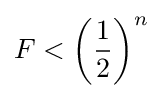
F<\left({\frac {1}{2}}\right)^{n}